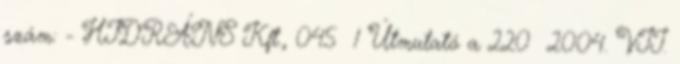
szám: - HIDRÁNS Kft., 045 1 Útmutató a 220 2004. VII.